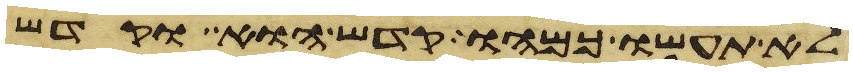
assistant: לא תעשו כמהו קדש הוא וקדש